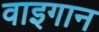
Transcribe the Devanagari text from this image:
वाइगान